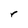
Character: r